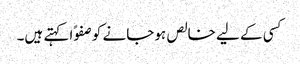
کسی کے لیے خالص ہوجانے کو صفوًا کہتے ہیں۔